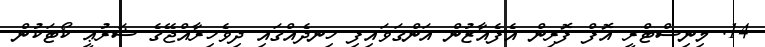
14. މިނިސްޓްރީ އޮފް ފޮރިން އެފެއާޒުން އަންގަވައިފި ހިނދެއްގައި ދިވެހިރާއްޖޭގެ ޝަރުޢީ ކޯޓަކުން